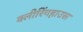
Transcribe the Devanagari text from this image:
क्लीरिंगहाउस